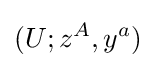
(U;z^{A},y^{a})